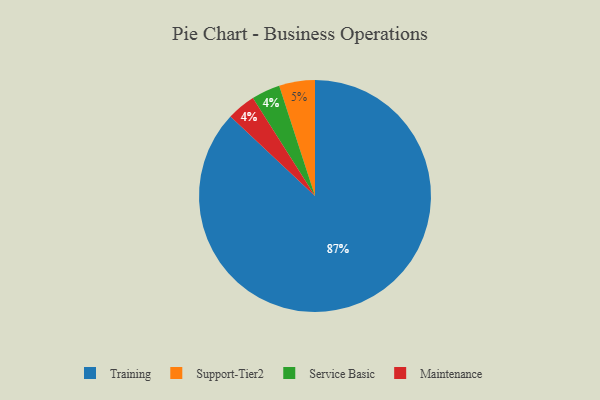
{"axis": {"x": "Category", "y": "Percentage"}, "legend": ["Maintenance", "Service Basic", "Support-Tier2", "Training"], "data": [{"x": "Service Basic", "y": 4, "type": "Service Basic"}, {"x": "Training", "y": 87, "type": "Training"}, {"x": "Maintenance", "y": 4, "type": "Maintenance"}, {"x": "Support-Tier2", "y": 5, "type": "Support-Tier2"}]}